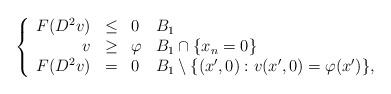
LaTeX: \begin{align*}\left\{\begin{array}{rcll}F(D^2v) & \leq & 0 & B_1\\v & \geq & \varphi & B_1 \cap \{x_n = 0\}\\F(D^2v) & = & 0 & B_1 \setminus \{(x',0) : v(x',0) = \varphi(x')\},\end{array}\right.\end{align*}